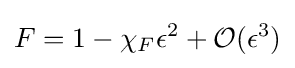
F=1-\chi _{F}\epsilon ^{2}+{\mathcal {O}}(\epsilon ^{3})